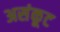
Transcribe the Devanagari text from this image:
असंकूट